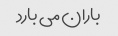
باران می بارد